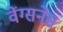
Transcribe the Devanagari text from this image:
वेंग्सनेस